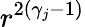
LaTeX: r^{2(\gamma_{j}-1)}